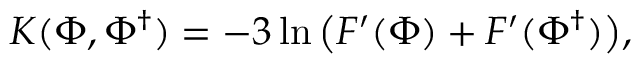
K ( \Phi , \Phi ^ { \dag } ) = - 3 \ln \big ( F ^ { \prime } ( \Phi ) + F ^ { \prime } ( \Phi ^ { \dag } ) \big ) ,